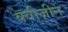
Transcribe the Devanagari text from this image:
क्वीज़ीन